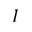
I